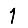
Digit: 1